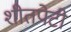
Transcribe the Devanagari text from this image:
शीतपेटी